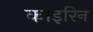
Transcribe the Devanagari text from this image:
काइरिन